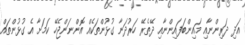
އަދި ދަރިންނާއި މައިންބަފައިންނާއި ދޭތެރޭ ހަރުދަނާ ގުޅުންތަކެއް އޮންނަންޖެހޭ ކަމަށާ އެ ގުޅުންތައް